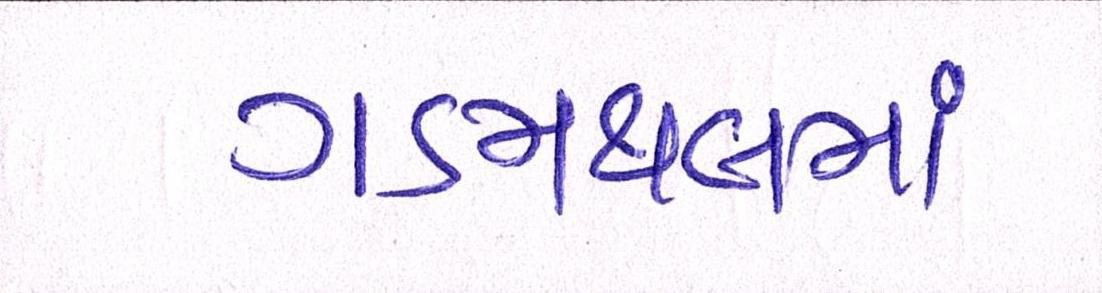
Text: ગડમથલમાં